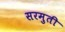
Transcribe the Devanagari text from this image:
सरमुती